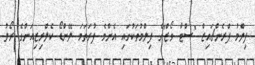
ފިލްމު ފްރެންޗައިޒް "ސްޓާ ވޯޒް"ގެ ފިލްމުތަކުގައި އެންމެ ފުރަތަމަ ލޭންޑޯ ކެލްރިޒިއަންގެ ރޯލު